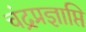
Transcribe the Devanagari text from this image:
चंद्रप्रज्ञाप्ति